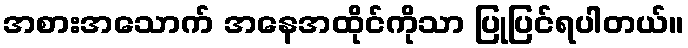
အစားအသောက် အနေအထိုင်ကိုသာ ပြုပြင်ရပါတယ်။